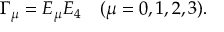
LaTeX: \Gamma _ { \mu } = E _ { \mu } E _ { 4 } \, \, \, \, \, \, ( \mu = 0 , 1 , 2 , 3 ) .